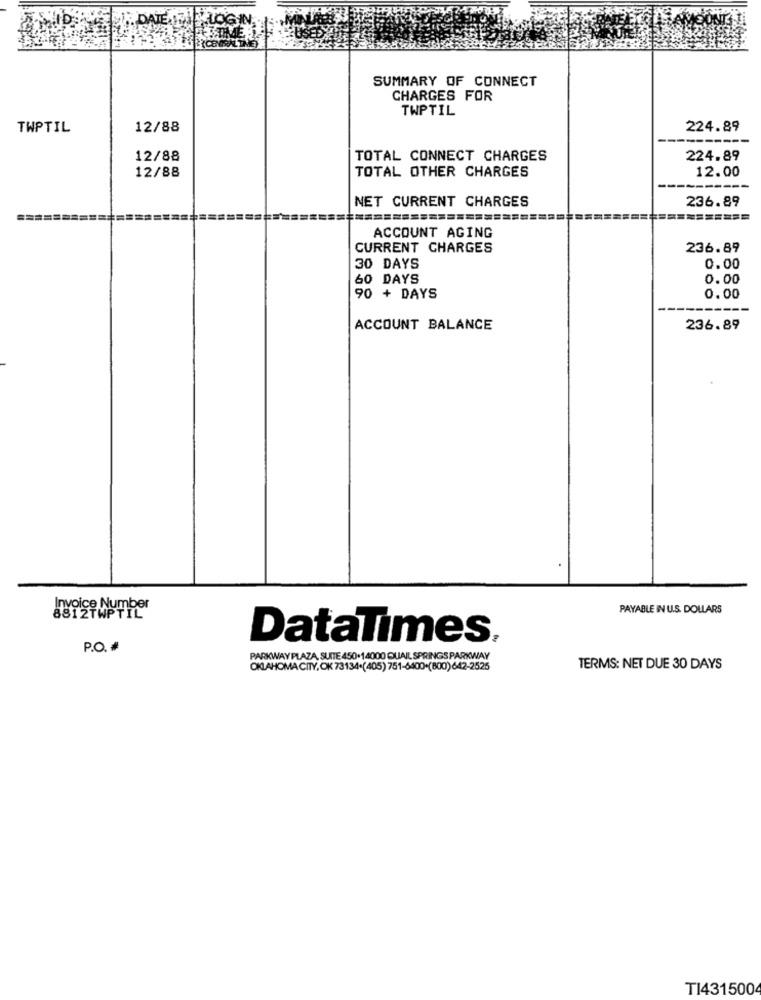
SUMMARY OF CONNECT
CHARGES FOR
TWPTIL
TWPTIL
12/88
224.89
12/88
TOTAL CONNECT CHARGES
224.89
12/88
TOTAL OTHER CHARGES
12.00
NET CURRENT CHARGES
236.89
========
==========
ACCOUNT AGING
CURRENT CHARGES
236.89
30 DAYS
0.00
60 DAYS
0.00
90 + DAYS
0.00
ACCOUNT BALANCE
236.89
PAYABLE IN U.S. DOLLARS
DataTimes.
P.O. *
PARKWAY PLAZA, SUITE 450+14000 QUAIL SPRINGS PARKWAY
OKLAHOMA CITY, OK 73134+(405) 751-6400.(800)642-2525
TERMS: NET DUE 30 DAYS
TI431500